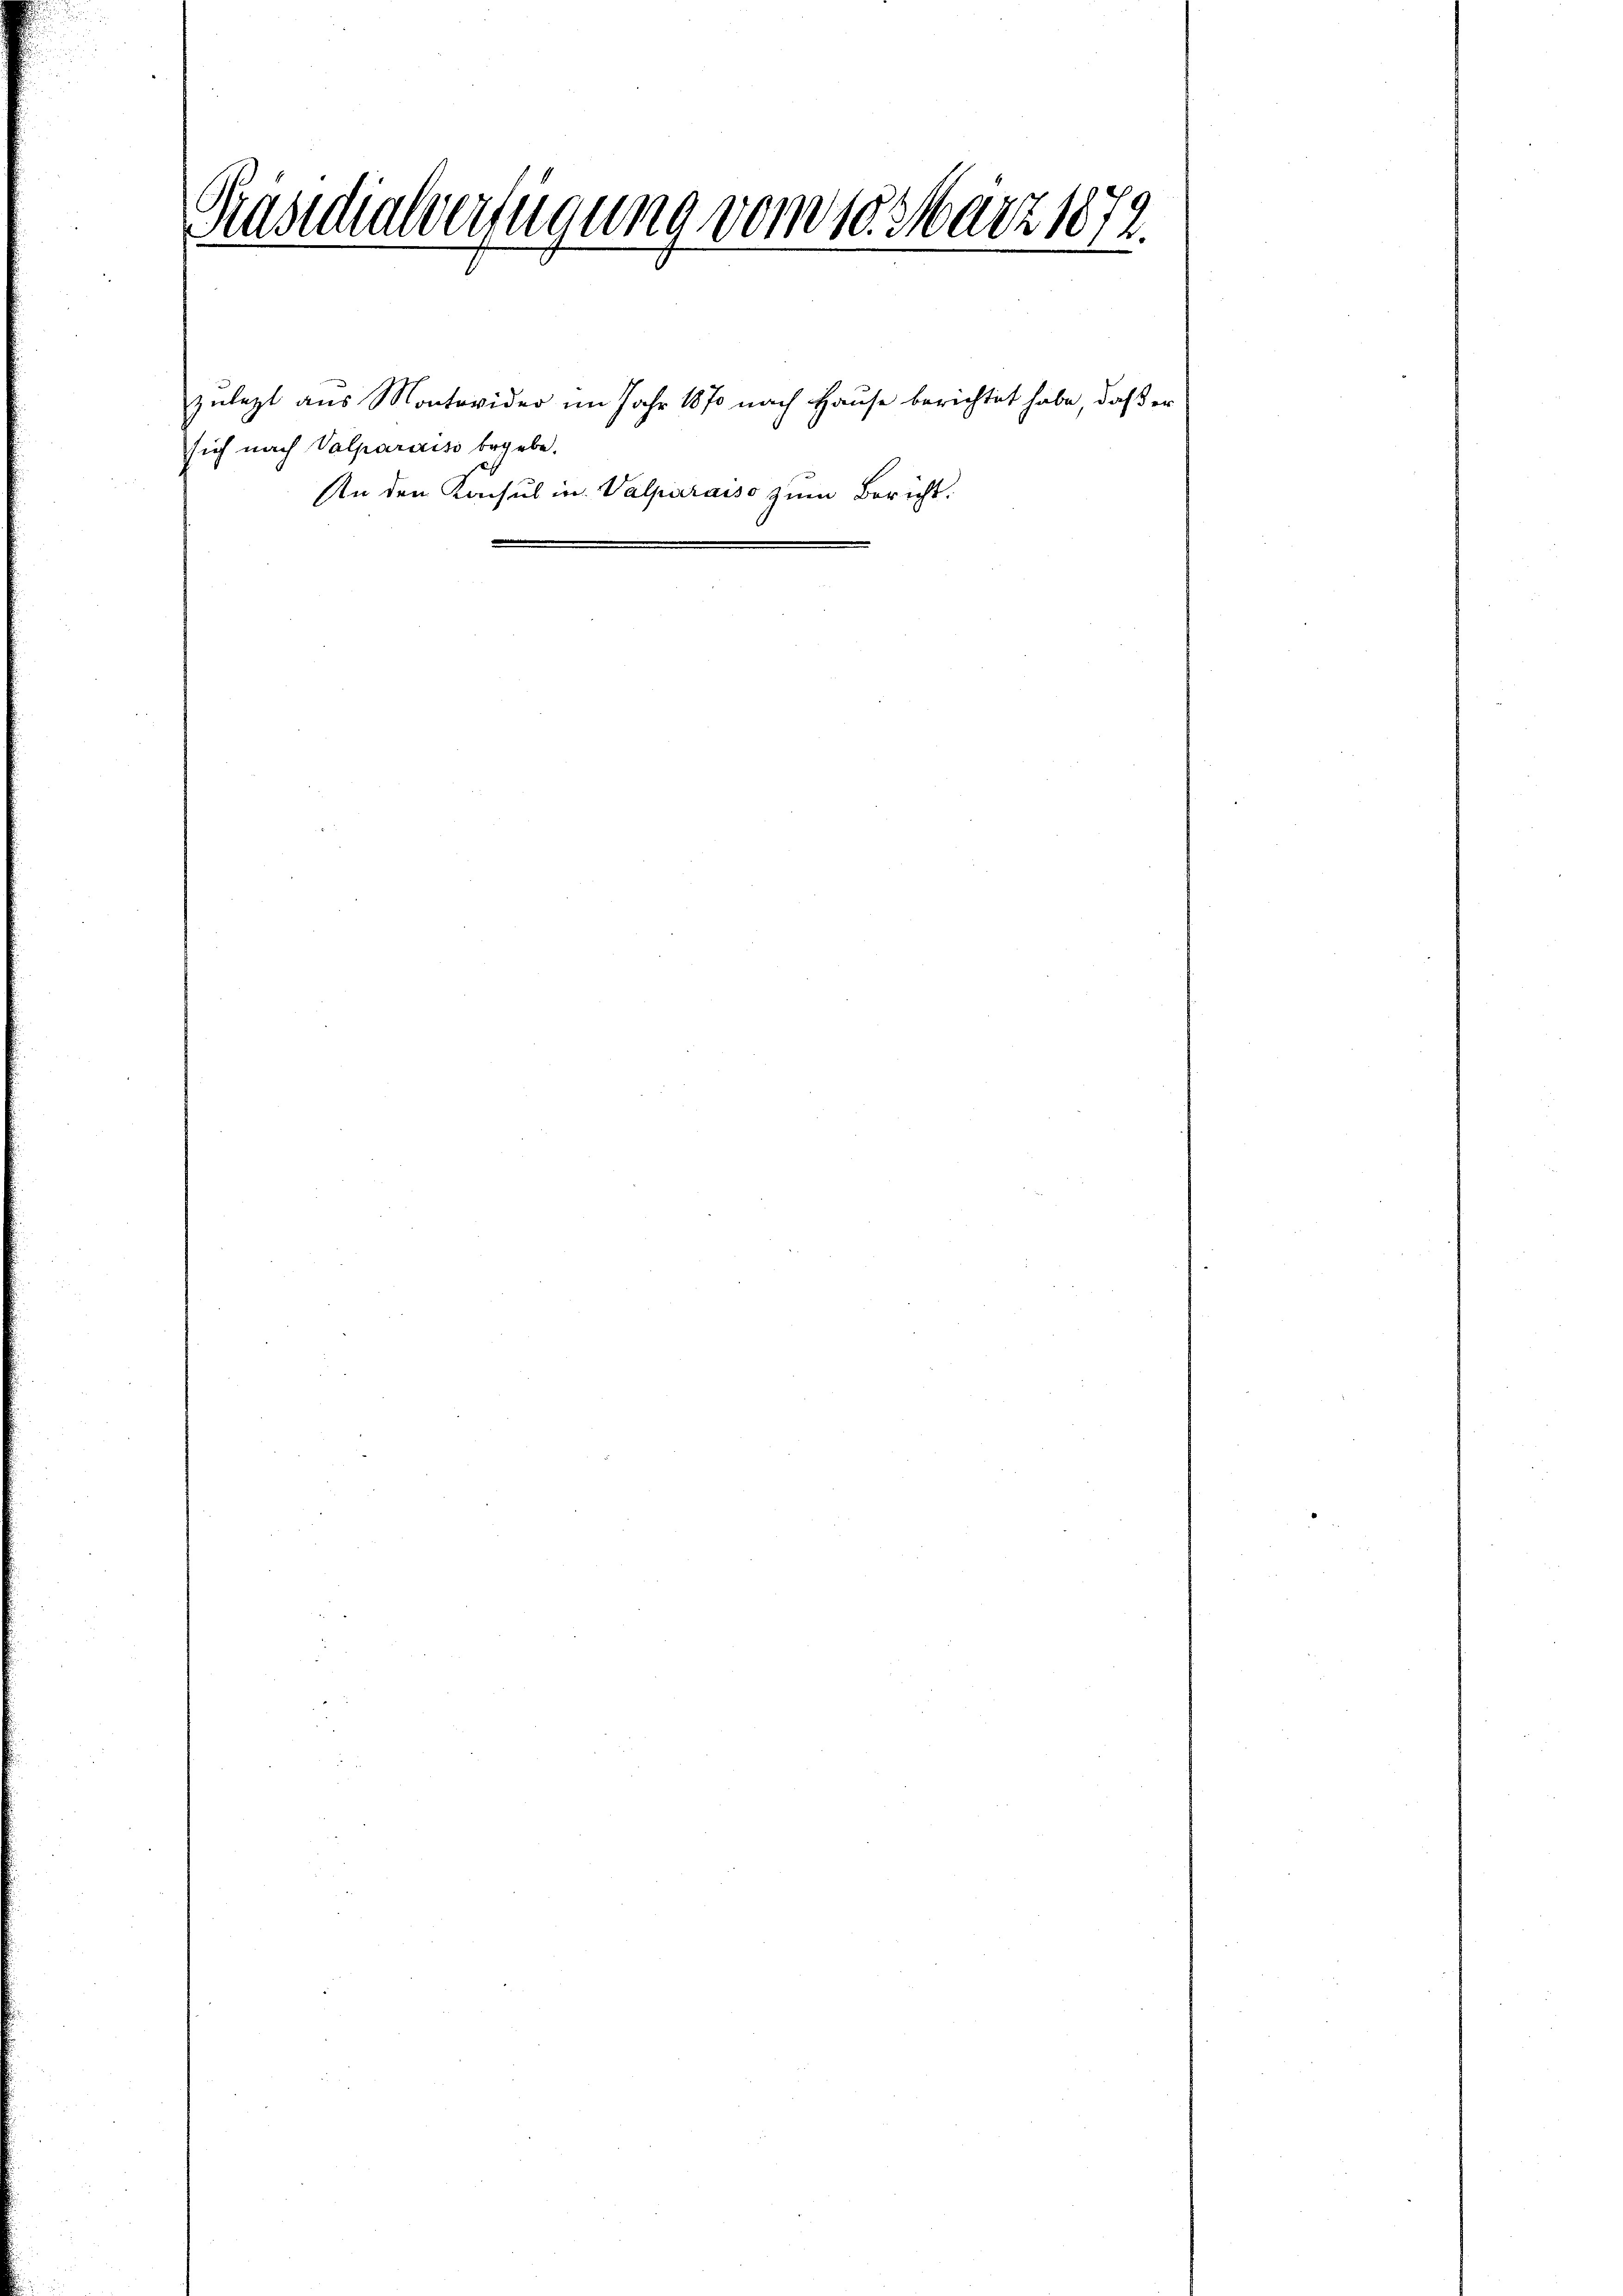
Präsidialverfügung vom 10. März 1872.

sich nach Valparreiss begebe.

zulezt aus Montevider im Jahr 1870 nach Hause berichtet habe, daß er
An den Konsul in Valparaiso zum Bericht.